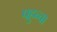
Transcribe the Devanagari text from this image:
पहुन्चा